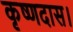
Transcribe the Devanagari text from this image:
कृष्णदास।